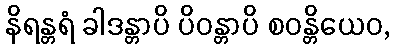
နိရန္တရံ ခါဒန္တာပိ ပိဝန္တာပိ စဝန္တိယေဝ,